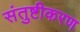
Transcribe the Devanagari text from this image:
संतुष्टीकरण